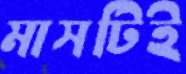
মাসটিই